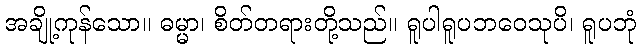
အချို့ကုန်သော။ ဓမ္မာ၊ စိတ်တရားတို့သည်။ ရူပါရူပဘဝေသုပိ၊ ရူပဘုံ